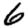
Digit: 6